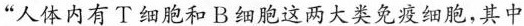
“人体内有T细胞和B细胞这两大类免疫细胞,其中